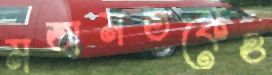
মতামতকেও